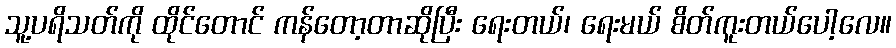
သူ့ပရိသတ်ကို ထိုင်တောင် ကန်တော့တာဆိုပြီး ရေးတယ်၊ ရေးမယ် စိတ်ကူးတယ်ပေါ့လေ။